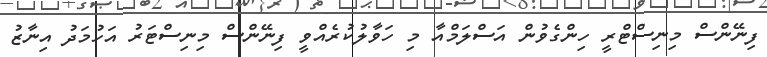
ފިނޭންސް މިނިސްޓްރީ ހިންގެވުން އަސްލަމްއާ މި ހަވާލުކުރެއްވީ ފިނޭންސް މިނިސްޓަރު އަހުމަދު އިނާޒު